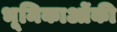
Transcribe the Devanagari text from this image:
भूमिकाओंकी